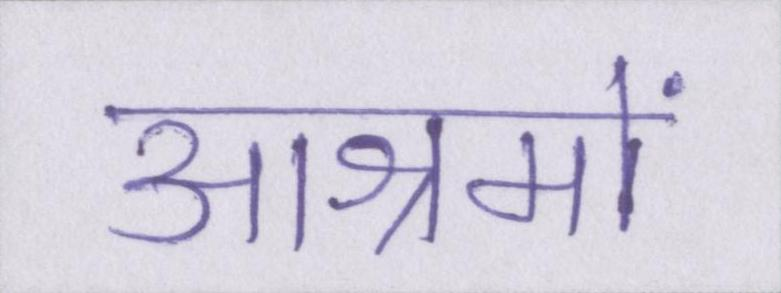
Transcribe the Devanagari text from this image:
आश्रमों